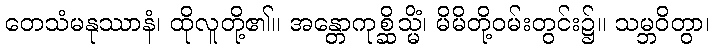
တေသံမနုဿာနံ၊ ထိုလူတို့၏။ အန္တောကုစ္ဆိသ္မိံ၊ မိမိတို့ဝမ်းတွင်း၌။ သမ္ဘဝိတွာ၊